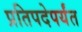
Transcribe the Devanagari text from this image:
प्रतिपदेपर्यंत